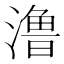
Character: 澛